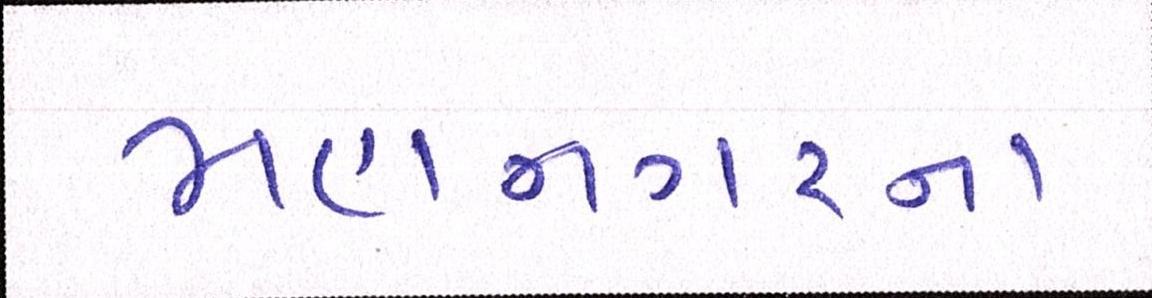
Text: મહાનગરના